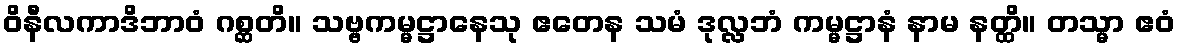
ဝိနီလကာဒိဘာဝံ ဂစ္ဆတိ။ သဗ္ဗကမ္မဋ္ဌာနေသု ဧတေန သမံ ဒုလ္လဘံ ကမ္မဋ္ဌာနံ နာမ နတ္ထိ။ တသ္မာ ဧဝံ